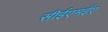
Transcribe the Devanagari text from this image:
सीईएमईए